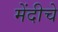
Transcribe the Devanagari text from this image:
मेंदीचे